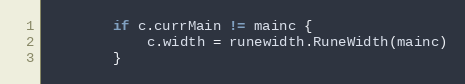
Language: Go
		if c.currMain != mainc {
			c.width = runewidth.RuneWidth(mainc)
		}